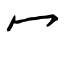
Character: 冖